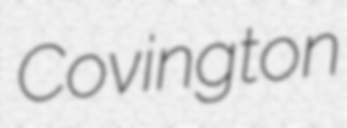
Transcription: Covington